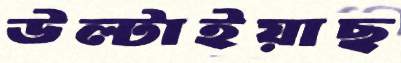
উল্‌টাইয়াছ